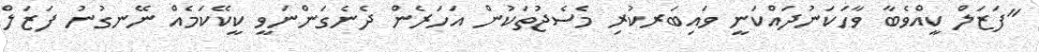
"ފަޒަލް ކީއްވެބާ ވާހަކަނުދައްކަނީ ވައިބަރކުރި މެސެޖުތަކުން އަހަރެން ދެނެގަންނަވީ ކީކޭކަމެއް ނޭނގުނު ފަޒަލް